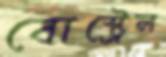
বোস্ট্রেল